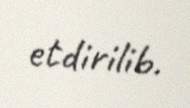
etdirilib.